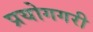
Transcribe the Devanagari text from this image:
प्रयोगगरी